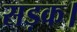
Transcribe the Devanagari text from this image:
सड़क।